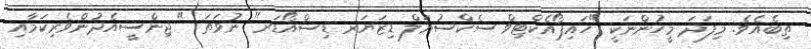
ތިބެއެވެ. މިފަދަ މީހުންނަކީ "ހައިޕޯއެކްޓިވް ސެކްސުއަލް ޑިޒަޔަރ ޑިސްއޯޑަރ" ނުވަތަ " ޖިންސީއެދުންވެރިކަމާއި